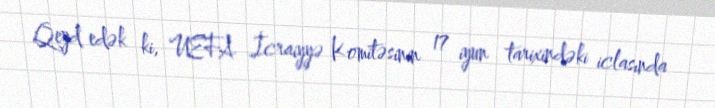
Qeyd edək ki, UEFA İcraiyyə Komitəsinin 17 iyun tarixindəki iclasında